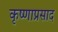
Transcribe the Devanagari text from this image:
कृष्णाप्रसाद